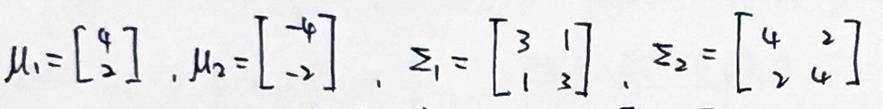
\(\mu_{1}=\begin{bmatrix}4\\2\end{bmatrix},\mu_{2}=\begin{bmatrix}-4\\-2\end{bmatrix},\mathbf{z}_{1}=\begin{bmatrix}3\\1\\2\end{bmatrix},\mathbf{z}_{2}=\begin{bmatrix}4\\2\\4\end{bmatrix}\)